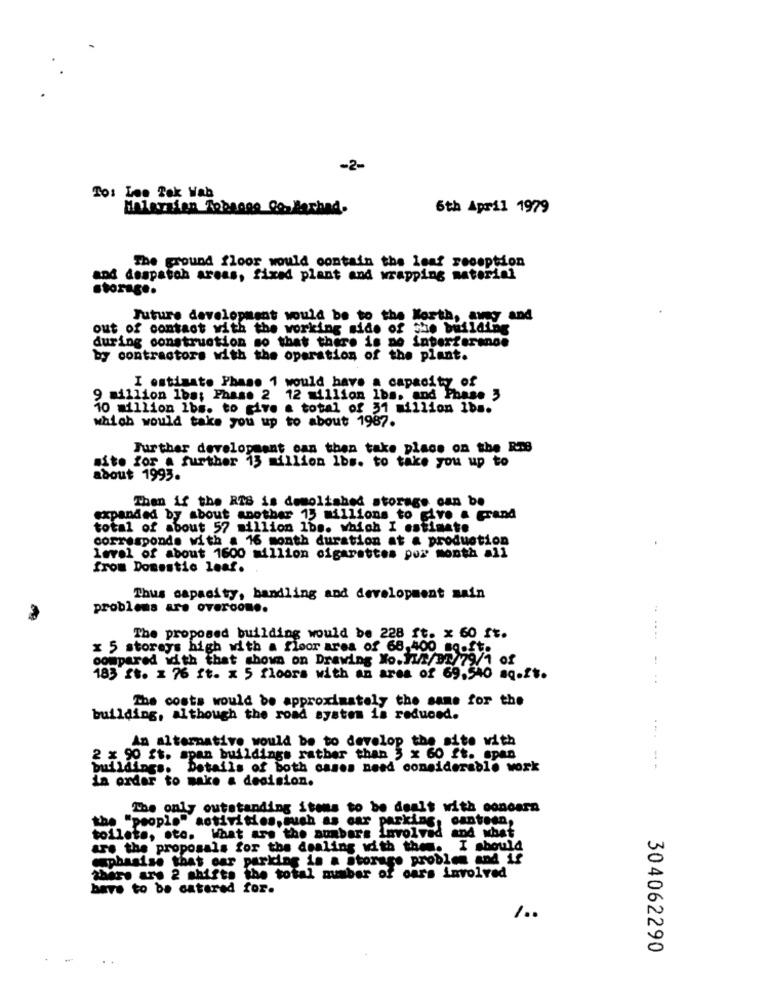
-2-
To: Lee Tak Vab
Malaysian Tobsogo Co. Bachad.
6th April 1979
The ground floor would contain the leaf reception
and despatch areas, fixed plant and wrapping material
storage.
Future development would be to the North, awy and
out of contact with the working side of the building
during construction so that there is no interference
by contractors with the operation of the plant.
I estimate Phase 1 would have a capacity of
9 million 1ba; Phase 2 12 million lbs. and Phase ,
10 million lbs. to give a total of 31 million 1bs.
which would take you up to about 1987.
Further developsant can then take place on the RmB
site for a further 15 million lbs. to take you up to
about 1993.
Then if the RIS is demolished storage can be
expanded by about another 15 millions to give a grand
total of about 57 million lbs. which I estimate
corresponde with a 16 month duration at a production
level of about 1600 million cigarettes per month all
from Domestic leaf.
Thus capacity, handling and development main
problems are overcome.
..
The proposed building would be 228 ft. x 60 ft.
----
x 5 storays high with a floor area of 68.400 sooft.
compared id th that shown on Drawing No.F/37/7
of
183 ft. 1 76 ft. x 5 floors with an area of 69.540 sq.ft.
The costs would be approximately the same for the
building, although the road system is reduced.
An alternative would be to develop the site with
2 x 90 ft. span buildings rather than 5 x 60 ft. span
buildings. Details of both cases need considerable work
in order to make a decision.
The only outstanding items to be dealt with concern
the "people" activities, such as car parking, canteen,
toilete, sto. What are the numbers involved and what
are the proposals for the dealing with the. I should
emphasise that car parking is a storage problem and if
there are 2 shifts the total number of cars involved
have to be catered for.
1 ..
304062290
-